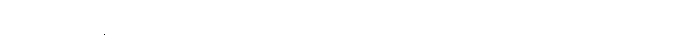
မြို့ထဲက နေရာ အတော်များများမှာလည်း ဆင်ရုပ်တွေကို ရောင်းကြ ပါတယ်။